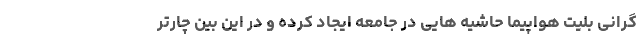
گرانی بلیت هواپیما حاشیه هایی در جامعه ایجاد کرده و در این بین چارتر